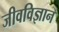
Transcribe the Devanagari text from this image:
जीवविज्ञान